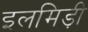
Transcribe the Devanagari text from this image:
इलमिड़ी